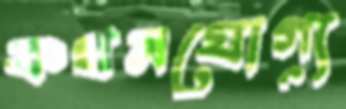
কথনযোগ্য